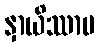
နှာယိဿာမ